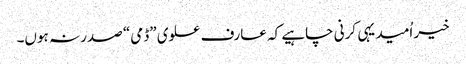
خیر اُمید یہی کرنی چاہیے کہ عارف علوی ”ڈمی“ صدر نہ ہوں۔